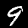
Digit: 9